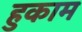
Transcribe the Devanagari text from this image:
हुकाम